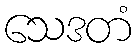
သေဒတံ